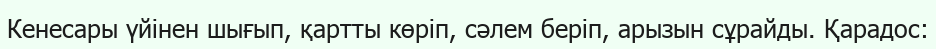
Кенесары үйінен шығып, қартты көріп, сәлем беріп, арызын сұрайды. Қарадос: